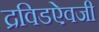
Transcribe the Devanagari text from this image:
द्रविडऐवजी